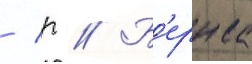
/ р // Б'ернса